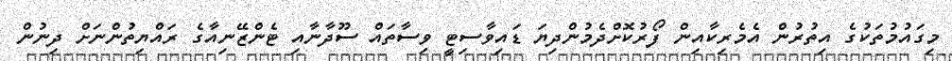
މިގައުމުތަކުގެ އިތުރުން އެމެރިކާއިން ފޯރުކޮށްދެމުންދިޔަ ޑައިވާސިޓީ ވިސާތައް ސޫދާނާއި ޓެންޒޭނިއާގެ ރައްޔިތުންނަށް ދިނުން